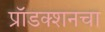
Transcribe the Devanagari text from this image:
प्रॉडक्शनचा